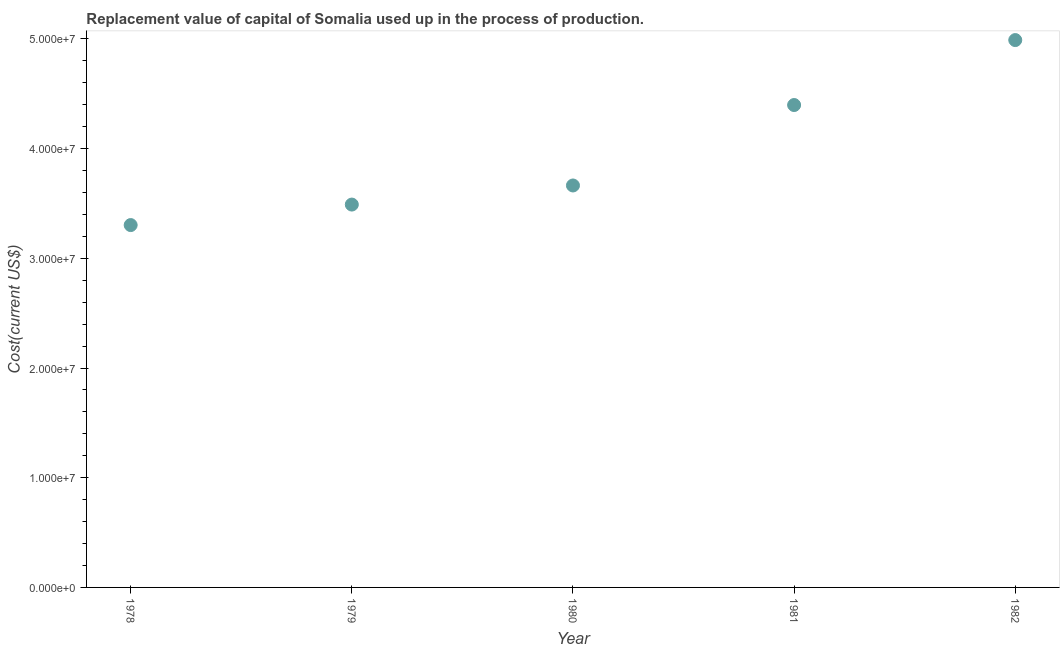
| Year | Consumption of fixed capital |
 | --- | --- |
 | 1978 | 3.3e+07 |
 | 1979 | 3.49e+07 |
 | 1980 | 3.66e+07 |
 | 1981 | 4.4e+07 |
 | 1982 | 4.99e+07 |